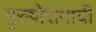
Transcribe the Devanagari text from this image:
पुरुषोत्तमाची